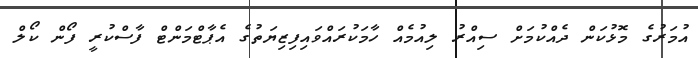
އުމަރުގެ މޮޅުކަން ދެއްކުމަށް ސިއްރު ލިއުމެއް ހާމަކުރައްވައިފިޒިޔަތުގެ އެޕާޓްމަންޓް ފާސްކުރީ ފޯން ކޯލް